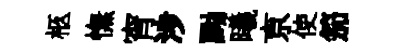
柩憮宵涉黝曦亰使笳